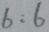
6 : 6